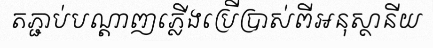
តភ្ជាប់បណ្តាញភ្លើងប្រើប្រាស់ពីអនុស្ថានីយ